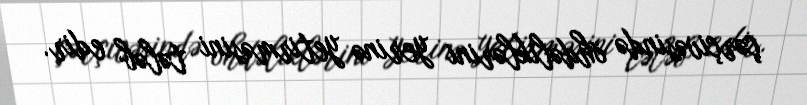
çərçivəsində öhdəliklərini yerinə yetirməsini tələb edir.